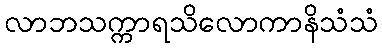
လာဘသက္ကာရသိလောကာနိသံသံ